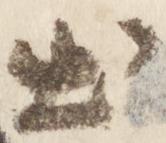
出